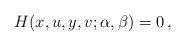
LaTeX: \begin{align*}H(x,u,y,v;\alpha,\beta)=0\,,\end{align*}